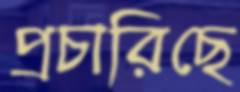
প্রচারিছে